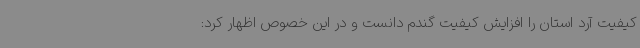
کیفیت آرد استان را افزایش کیفیت گندم دانست و در این خصوص اظهار کرد: